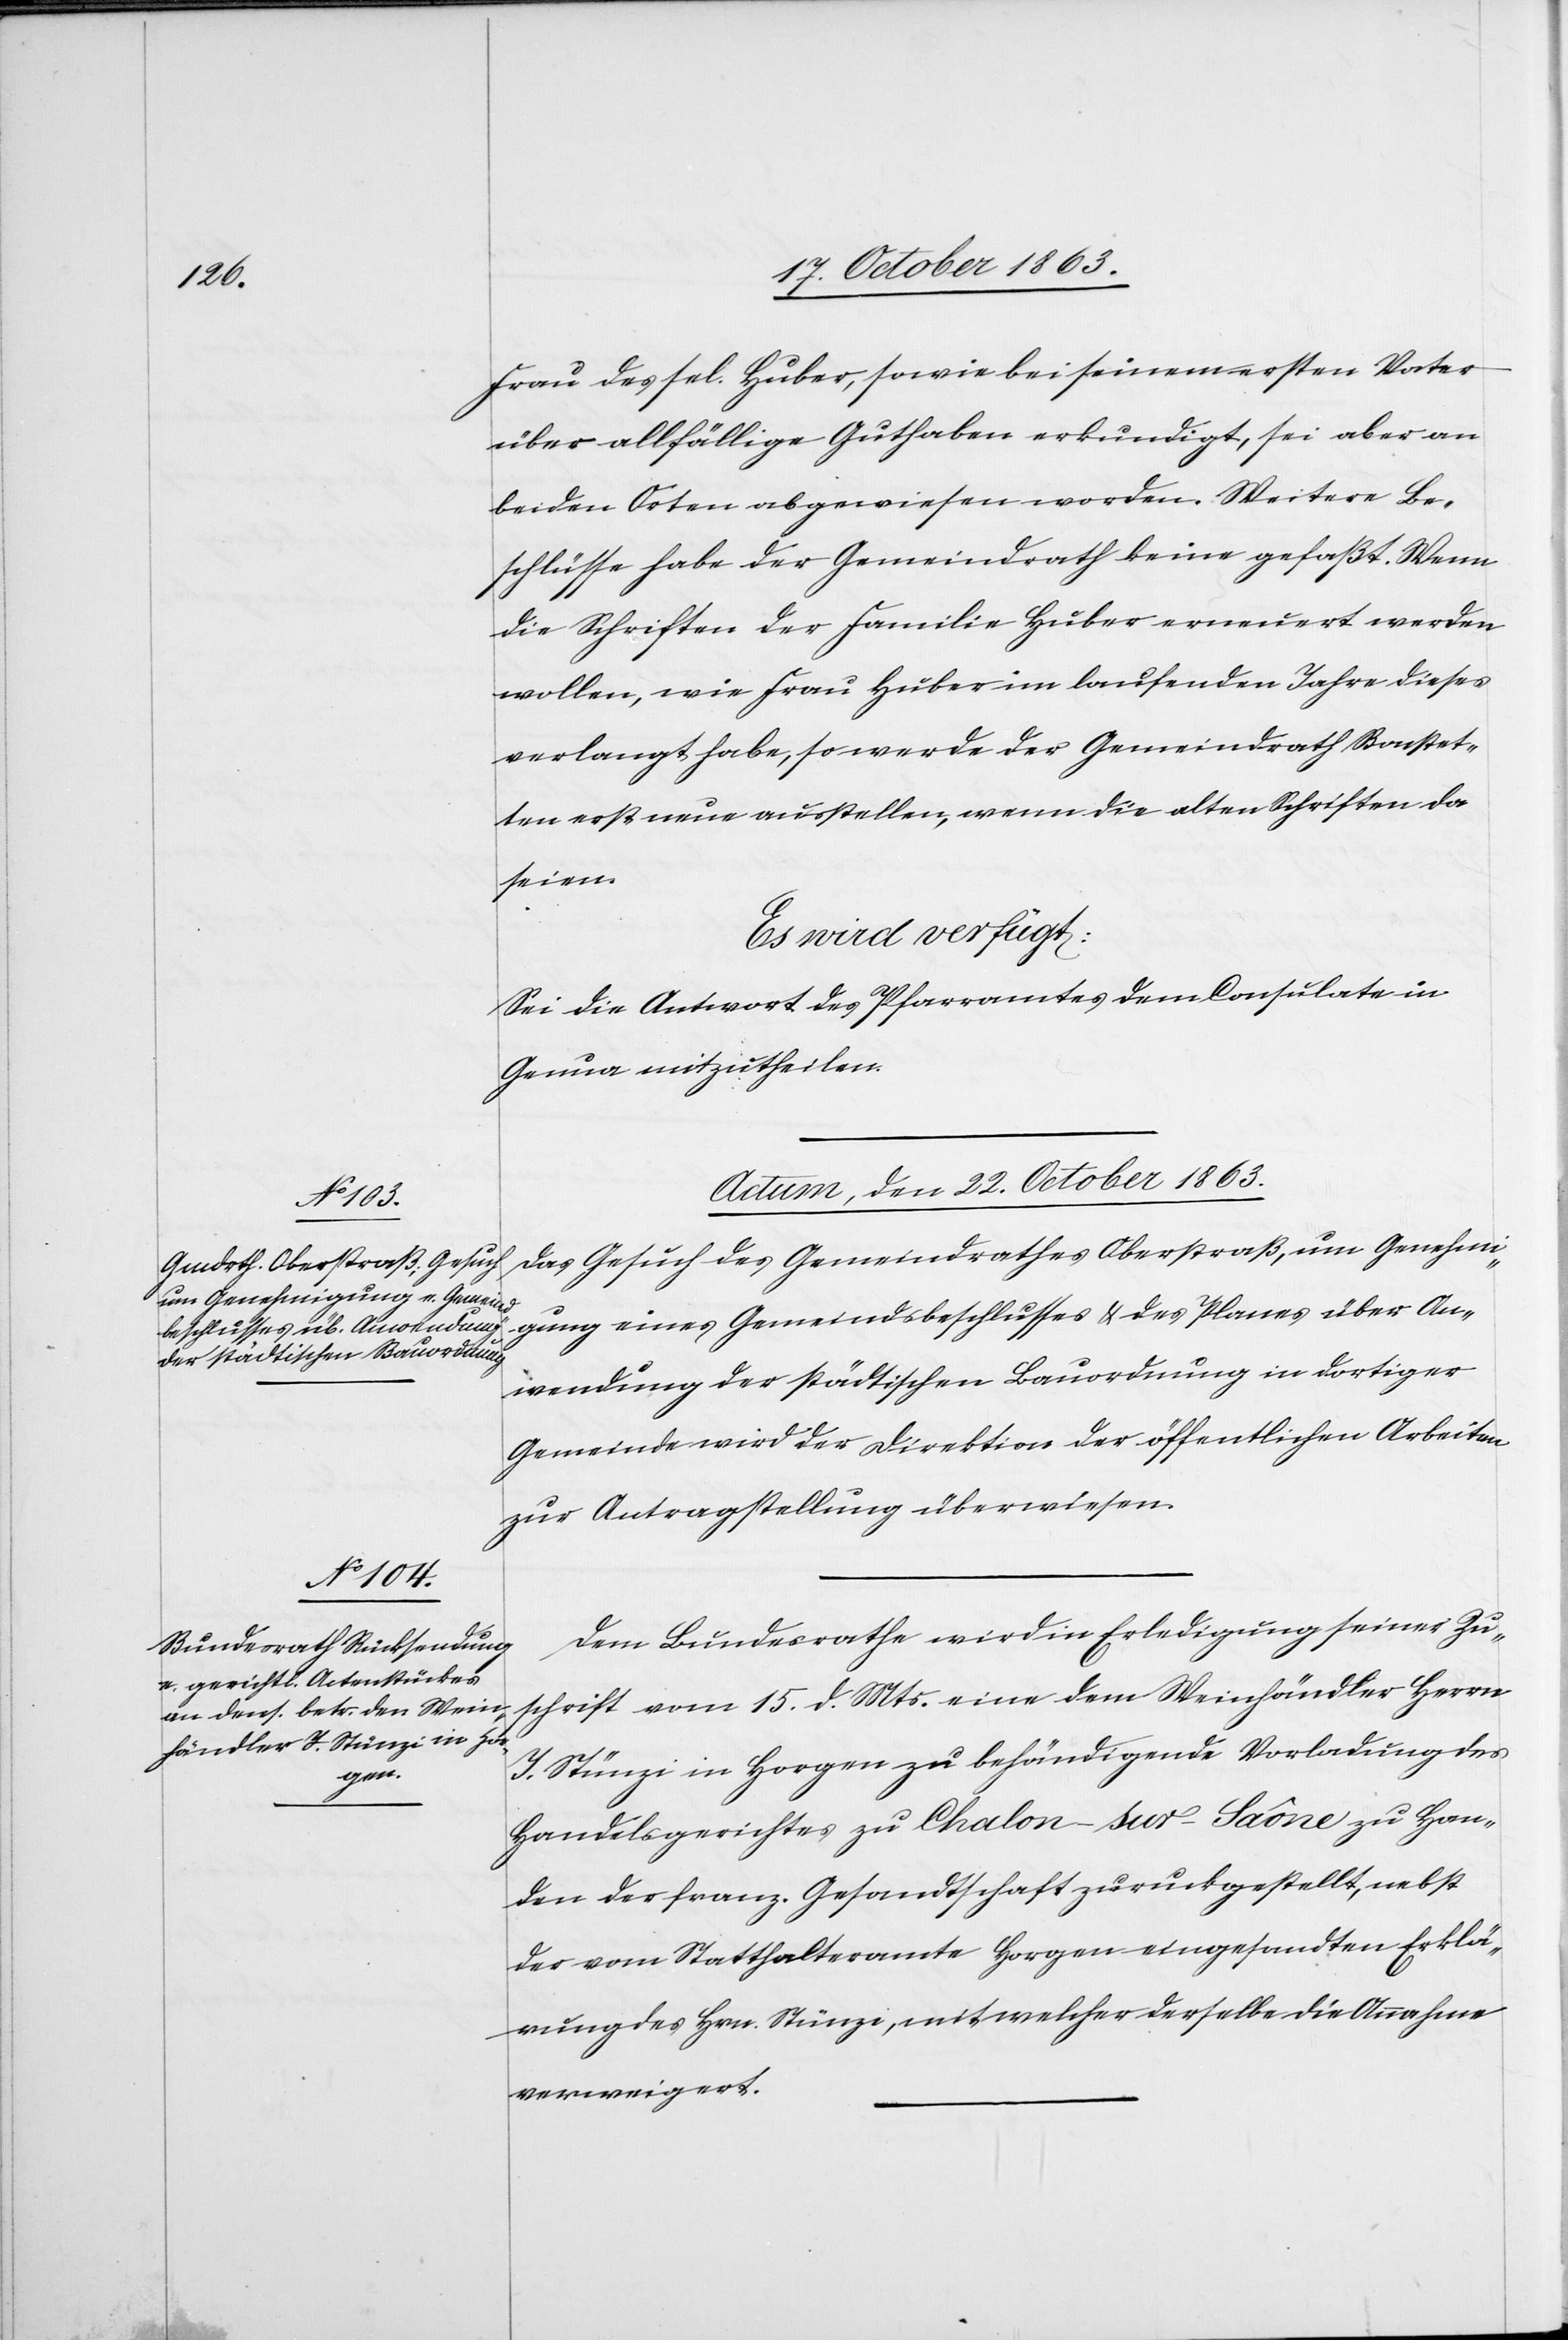
Frau des sel. Huber, sowie bei seinem ersten Vater
über allfällige Guthaben erkundigt, sei aber an
beiden Orten abgewiesen worden. Weitere Be¬
schlüsse habe der Gemeindrath keine gefaßt. Wenn
die Schriften der Familie Huber erneuert werden
wollen, wie Frau Huber im laufenden Jahre dieses
verlangt habe, so werde der Gemeindrath Bonstet¬
ten erst neue ausstellen, wenn die alten Schriften da
seien.
Es wird verfügt:
Sei die Antwort des Pfarramtes dem Consulate in
Genua mitzutheilen.
Actum, den 22. October 1863.]
Das Gesuch des Gemeindrathes Oberstraß, um Genehmi¬
gung eines Gemeindsbeschlusses & des Planes über An¬
wendung der städtischen Bauordnung in dortiger
Gemeinde wird der Direktion der öffentlichen Arbeiten
zur Antragstellung überwiesen.
Dem Bundesrathe wird in Erledigung seiner Zu¬
schrift vom 15. d. Mts. eine dem Weinhändler Herrn
J. Stünzi in Horgen zu behändigende Vorladung des
Handelsgerichtes zu Chalon-sur-Saône zu Han¬
den der franz. Gesandtschaft zuruckgestellt [sic!],
der vom Statthalteramte Horgen eingesandten Erklä¬
rung des Hrn. Stünzi, mit welcher derselbe die Annahme
verweigert.